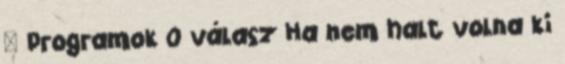
» Programok 0 válasz Ha nem halt volna ki